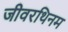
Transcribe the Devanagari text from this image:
जीवरथिनम